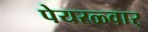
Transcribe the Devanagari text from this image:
पेयरळ्वार्